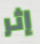
إثر